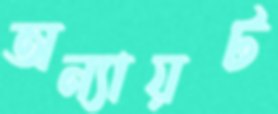
অন্যায়ট